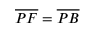
{ \overline { { P F } } } = { \overline { { P B } } }